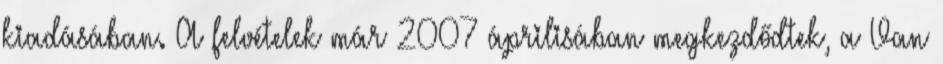
kiadásában. A felvételek már 2007 áprilisában megkezdődtek, a Van